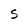
Character: S